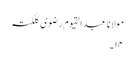
مولانا عبدالقیوم رضوی کلکتہ
۱۴۔